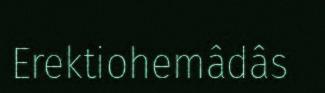
Erektiohemâdâs